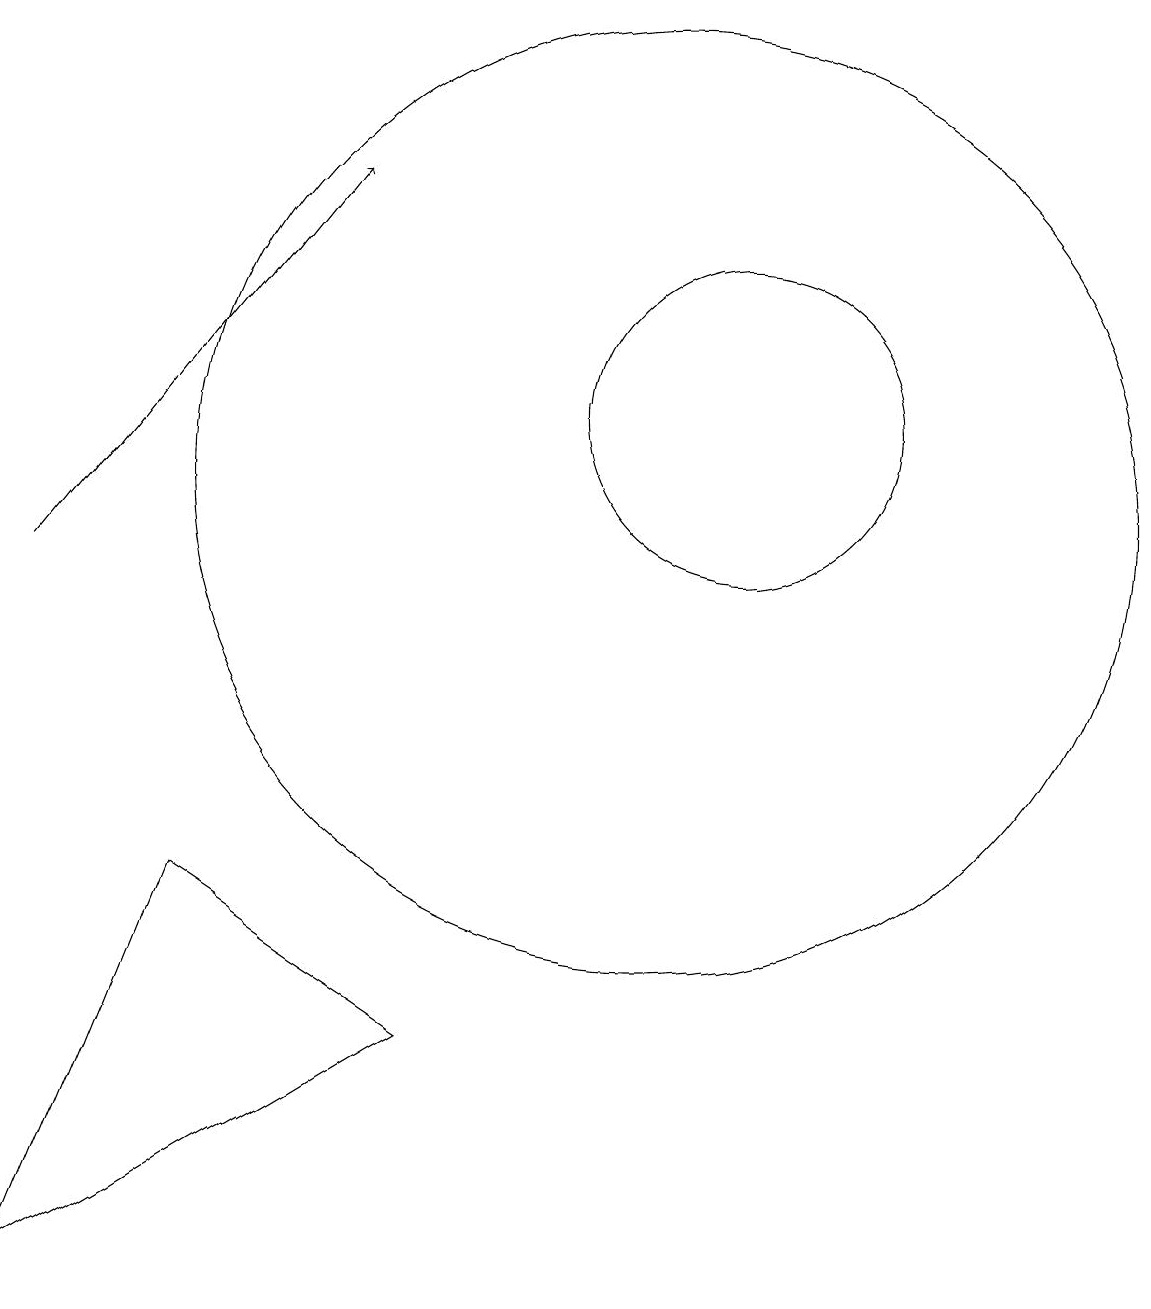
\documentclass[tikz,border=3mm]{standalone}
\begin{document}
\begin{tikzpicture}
\draw (10,11) circle (6);
\draw[->] (2,10) -- (6,15);
\draw (4,6) -- (2,1) -- (7,4) -- cycle;
\draw (11,12) circle (2);
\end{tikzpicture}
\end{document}